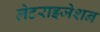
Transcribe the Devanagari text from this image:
लेटराइजेशन